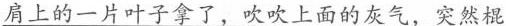
肩上的一片叶子拿了，吹吹上面的灰气，突然棍